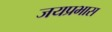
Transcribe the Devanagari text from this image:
जयप्रभास